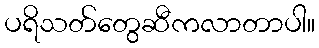
ပရိသတ်တွေဆီကလာတာပါ။